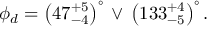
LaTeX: \phi _ { d } = \left( 4 7 _ { - 4 } ^ { + 5 } \right) ^ { \circ } \, \lor \, \left( 1 3 3 _ { - 5 } ^ { + 4 } \right) ^ { \circ } .